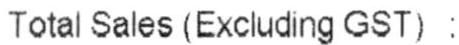
TOTAL SALES (EXCLUDING GST) :